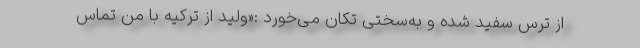
از ترس سفید شده و به‌سختی تکان می‌خورد :«ولید از ترکیه با من تماس